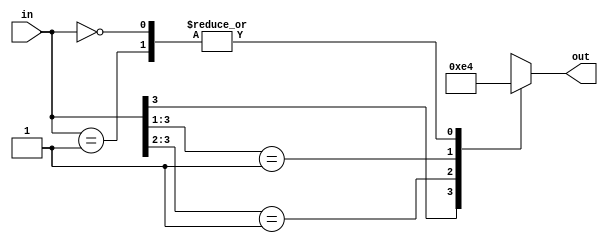
module Encoder_4 (
    input [3:0] in,
    output reg [1:0] out
  );
  initial begin
    out <= 0;
  end

  always @(in) begin
    casex (in)
      4'b1xxx : out = 3;
      4'b01xx : out = 2;
      4'b001x : out = 1;
      4'b0001 : out = 0;
      4'b0000 : out = 0;
    endcase
  end
endmodule

module Encoder_8 (
    input [7:0] in,
    output reg [2:0] out
  );
  initial begin
    out <= 0;
  end
  
  always @(in) begin
    casex (in)
      8'b1xxxxxxx : out = 7;
      8'b01xxxxxx : out = 6;
      8'b001xxxxx : out = 5;
      8'b0001xxxx : out = 4;
      8'b00001xxx : out = 3;
      8'b000001xx : out = 2;
      8'b0000001x : out = 1;
      8'b00000001 : out = 0;
      8'b00000000 : out = 0;
    endcase
  end
  
endmodule

module Encoder_16 (
    input [15:0] in,
    output reg [3:0] out
  );
  initial begin
    out <= 0;
  end
  
  always @(in) begin
    casex (in)
      16'b1xxxxxxxxxxxxxxx : out = 15;
      16'b01xxxxxxxxxxxxxx : out = 14;
      16'b001xxxxxxxxxxxxx : out = 13;
      16'b0001xxxxxxxxxxxx : out = 12;
      16'b00001xxxxxxxxxxx : out = 11;
      16'b000001xxxxxxxxxx : out = 10;
      16'b0000001xxxxxxxxx : out = 9;
      16'b00000001xxxxxxxx : out = 8;
      16'b000000001xxxxxxx : out = 7;
      16'b0000000001xxxxxx : out = 6;
      16'b00000000001xxxxx : out = 5;
      16'b000000000001xxxx : out = 4;
      16'b0000000000001xxx : out = 3;
      16'b00000000000001xx : out = 2;
      16'b000000000000001x : out = 1;
      16'b0000000000000001 : out = 0;
      16'b0000000000000000 : out = 0;
    endcase
  end
  
endmodule